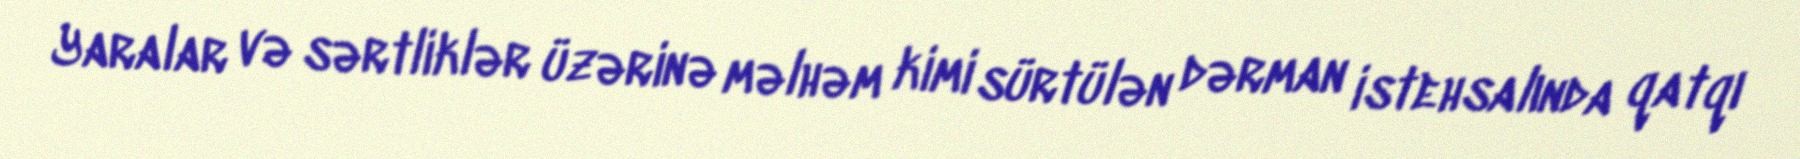
Yaralar və sərtliklər üzərinə məlhəm kimi sürtülən dərman istehsalında qatqı